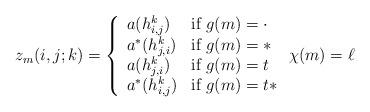
LaTeX: \begin{align*}z_m(i, j; k) = \left\{\begin{array}{ll}a(h^k_{i,j}) & \mbox{if } g(m) = \cdot \\a^*(h^k_{j,i}) & \mbox{if } g(m) = * \\a(h^k_{j,i}) & \mbox{if } g(m) = t \\a^*(h^k_{i,j}) & \mbox{if } g(m) = t*\end{array} \right. \chi(m) = \ell\end{align*}